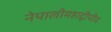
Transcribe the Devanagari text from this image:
नेपालीमहाद्वीपीय